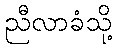
ညီလာခံသို့